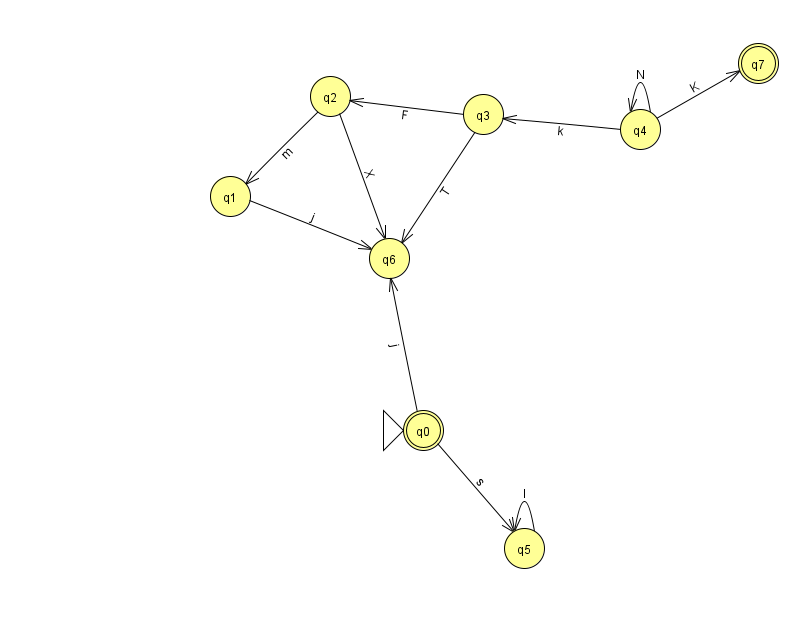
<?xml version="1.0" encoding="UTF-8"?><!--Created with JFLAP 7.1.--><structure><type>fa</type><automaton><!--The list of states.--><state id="0" name="q0"><x>423.0</x><y>417.0</y><initial/><final/></state><state id="1" name="q1"><x>230.0</x><y>183.0</y></state><state id="2" name="q2"><x>330.0</x><y>83.0</y></state><state id="3" name="q3"><x>483.0</x><y>101.0</y></state><state id="4" name="q4"><x>640.0</x><y>116.0</y></state><state id="5" name="q5"><x>524.0</x><y>535.0</y></state><state id="6" name="q6"><x>389.0</x><y>245.0</y></state><state id="7" name="q7"><x>758.0</x><y>50.0</y><final/></state><!--The list of transitions.--><transition><from>3</from><to>2</to><read>F</read></transition><transition><from>3</from><to>6</to><read>T</read></transition><transition><from>4</from><to>3</to><read>k</read></transition><transition><from>4</from><to>7</to><read>K</read></transition><transition><from>2</from><to>6</to><read>X</read></transition><transition><from>0</from><to>5</to><read>s</read></transition><transition><from>1</from><to>6</to><read>j</read></transition><transition><from>2</from><to>1</to><read>m</read></transition><transition><from>5</from><to>5</to><read>l</read></transition><transition><from>0</from><to>6</to><read>j</read></transition><transition><from>4</from><to>4</to><read>N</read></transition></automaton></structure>